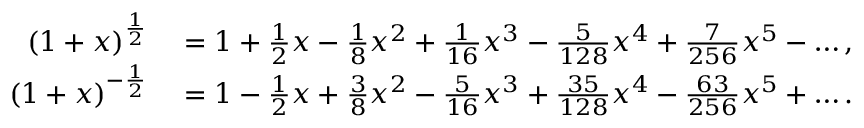
\begin{array} { r l } { ( 1 + x ) ^ { \frac { 1 } { 2 } } } & { { } = 1 + { \frac { 1 } { 2 } } x - { \frac { 1 } { 8 } } x ^ { 2 } + { \frac { 1 } { 1 6 } } x ^ { 3 } - { \frac { 5 } { 1 2 8 } } x ^ { 4 } + { \frac { 7 } { 2 5 6 } } x ^ { 5 } - \ldots , } \\ { ( 1 + x ) ^ { - { \frac { 1 } { 2 } } } } & { { } = 1 - { \frac { 1 } { 2 } } x + { \frac { 3 } { 8 } } x ^ { 2 } - { \frac { 5 } { 1 6 } } x ^ { 3 } + { \frac { 3 5 } { 1 2 8 } } x ^ { 4 } - { \frac { 6 3 } { 2 5 6 } } x ^ { 5 } + \ldots . } \end{array}